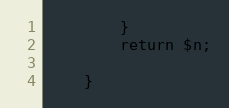
Language: PHP
		}
		return $n;

	}